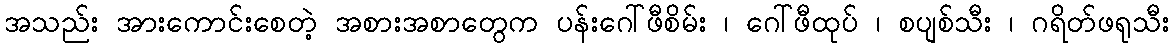
အသည်း အားကောင်းစေတဲ့ အစားအစာတွေက ပန်းဂေါ်ဖီစိမ်း ၊ ဂေါ်ဖီထုပ် ၊ စပျစ်သီး ၊ ဂရိတ်ဖရုသီး